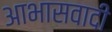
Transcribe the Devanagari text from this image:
आभासवादी